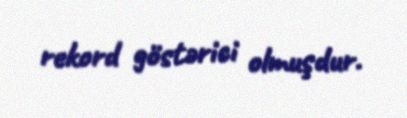
rekord göstərici olmuşdur.